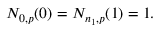
N _ { 0 , p } ( 0 ) = N _ { n _ { 1 } , p } ( 1 ) = 1 .